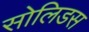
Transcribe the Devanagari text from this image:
सोलिडस